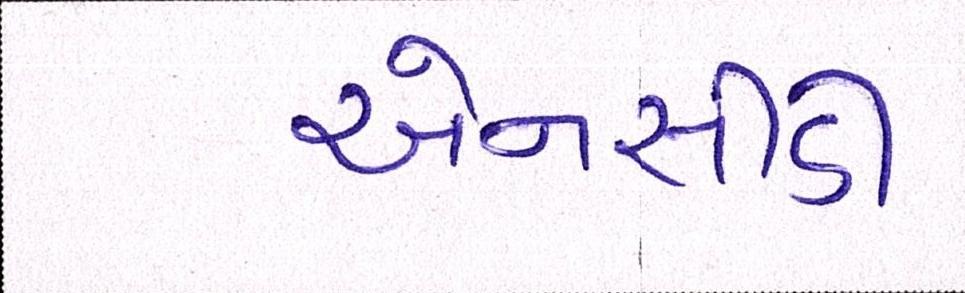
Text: એનસીડી